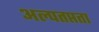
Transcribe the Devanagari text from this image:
अल्पतप्तता